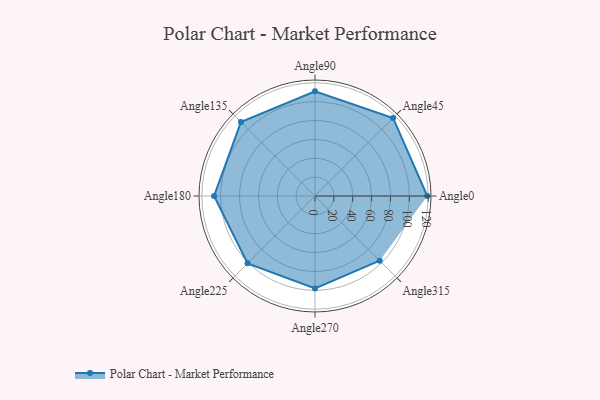
{"axis": {"x": "Angle", "y": "Radius"}, "legend": [""], "data": [{"x": "Angle0", "y": 119.0, "type": ""}, {"x": "Angle45", "y": 117.0, "type": ""}, {"x": "Angle90", "y": 111.0, "type": ""}, {"x": "Angle135", "y": 111.0, "type": ""}, {"x": "Angle180", "y": 107.0, "type": ""}, {"x": "Angle225", "y": 101.0, "type": ""}, {"x": "Angle270", "y": 98.0, "type": ""}, {"x": "Angle315", "y": 97.0, "type": ""}]}